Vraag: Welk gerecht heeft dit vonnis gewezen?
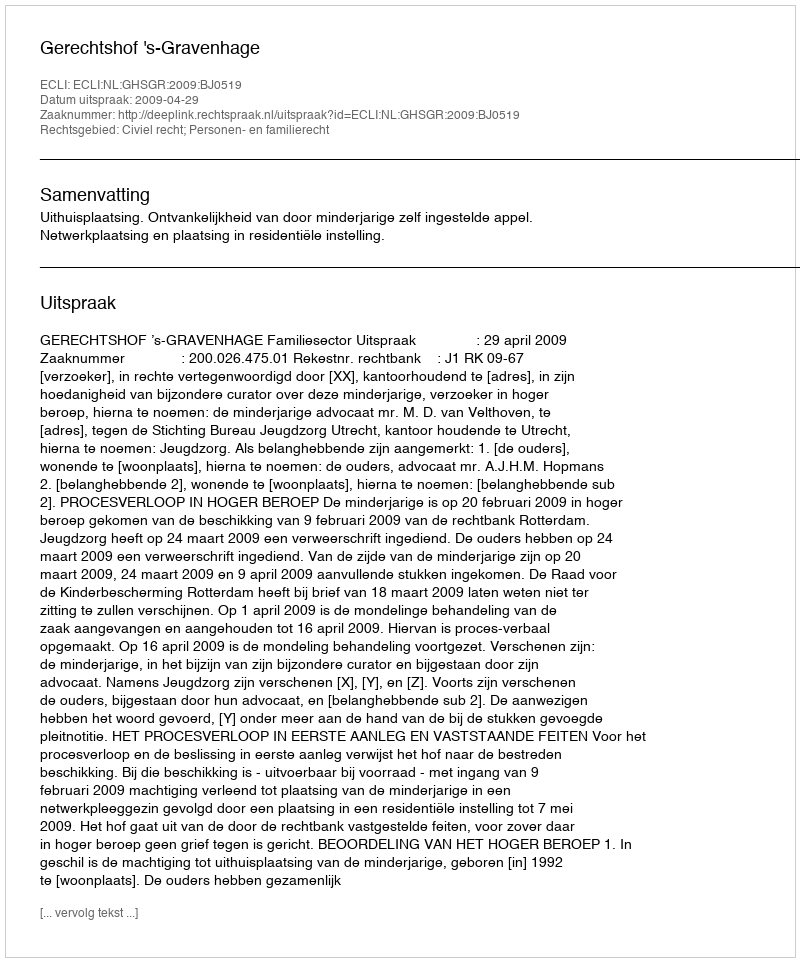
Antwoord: Gerechtshof 's-Gravenhage